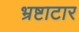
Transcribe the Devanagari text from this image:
भ्रष्टाटार